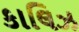
કાલિઝ